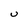
Character: u